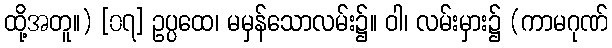
ထို့အတူ။) [၀၇] ဥပ္ပထေ၊ မမှန်သောလမ်း၌။ ဝါ၊ လမ်းမှား၌ (ကာမဂုဏ်